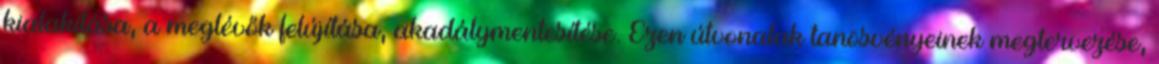
kialakítása, a meglévők felújítása, akadálymentesítése. Ezen útvonalak tanösvényeinek megtervezése,